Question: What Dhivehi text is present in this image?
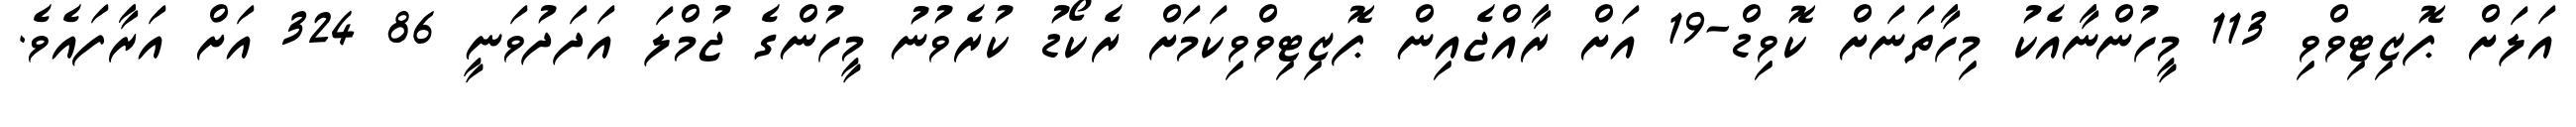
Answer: އަލަށް ޕޮޒިޓިވްވި 113 މީހުންނާއެކު މިހާތަނަށް ކޮވިޑް-19 އަށް ރާއްޖެއިން ޕޮޒިޓިވްވިކަމަށް ރެކޯޑު ކުރެވުނު މީހުންގެ ޖުމްލަ އަދަދުވަނީ 86 324 އަށް އަރާފައެވެ.